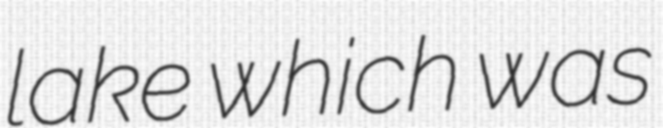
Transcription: lake which was